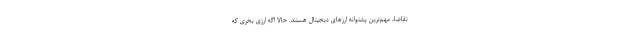
تقاضا، مهم­ترین پشتوانه ارزهای دیجیتال هستند. حالا اگه ارزی بخری که